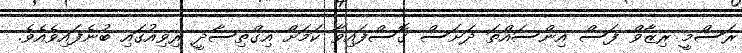
ރަސްމީ ރިޒާވް ފަސް އިންސައްތަ ދަށަސް ގޮސްފައިވާ ކަމަށް އިގްތިސާދީ ރިވިއުގައި ބުނެފައިވެއެވެ.